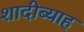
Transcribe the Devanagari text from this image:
शादीब्याह